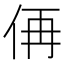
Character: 侢